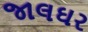
જાલઘર